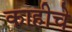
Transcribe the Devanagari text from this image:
काहीचे